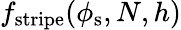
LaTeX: f_{\mathrm{stripe}}(\phi_{\mathrm{s}},N,h)